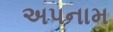
અપનામ